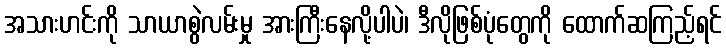
အသားဟင်းကို သာယာစွဲလမ်းမှု အားကြီးနေလို့ပါပဲ၊ ဒီလိုဖြစ်ပုံတွေကို ထောက်ဆကြည့်ရင်